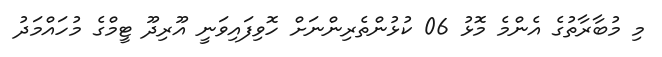
މި މުބާރާތުގެ އެންމެ މޮޅު 06 ކުޅުންތެރިންނަށް ހޮވިފައިވަނީ އޫރިދޫ ޓީމްގެ މުހައްމަދު